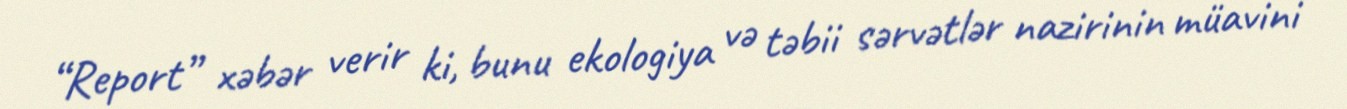
“Report” xəbər verir ki, bunu ekologiya və təbii sərvətlər nazirinin müavini